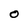
Character: O